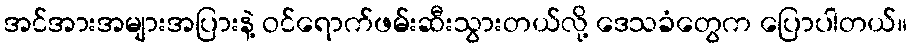
အင်အားအများအပြားနဲ့ ဝင်ရောက်ဖမ်းဆီးသွားတယ်လို့ ဒေသခံတွေက ပြောပါတယ်။